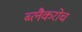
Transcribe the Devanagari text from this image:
ब्लैकरोच